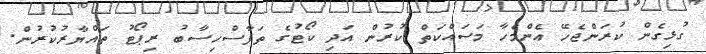
ގުޅިގެން ކުރަންޖެހޭ އެންމެހާ މަސައްކަތް ކުރުން އަދި ކޯޓުގެ ތަފާސްހިސާބު ރިޕޯޓު ތައްޔާރުކުރުން.